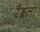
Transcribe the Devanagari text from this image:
रैड्डला